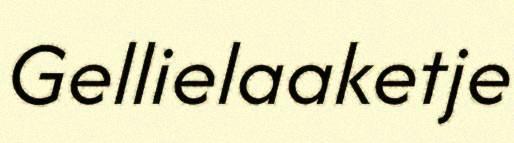
Gellielaaketje